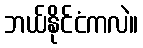
ဘယ်နိုင်ငံကလဲ။